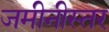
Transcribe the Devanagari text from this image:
जमीनीस्तर